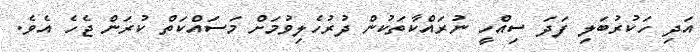
އަދި ހަކުރުބަލި ފަދަ ސިއްހީ ނުރައްކާތަކުން ދުރުހެލިވުމަށް މަސައްކަތް ކުރަން ޖެހެ އެވެ.